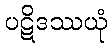
ပဋိဒဿယုံ